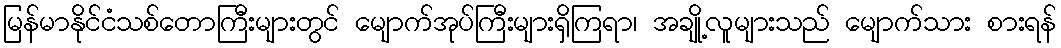
မြန်မာနိုင်ငံသစ်တောကြီးများတွင် မျောက်အုပ်ကြီးများရှိကြရာ၊ အချို့လူများသည် မျောက်သား စားရန်